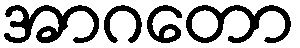
အာဂတော